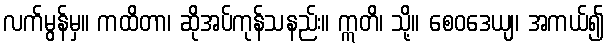
လက်မွန်မှ။ ကထိတာ၊ ဆိုအပ်ကုန်သနည်း။ ဣတိ၊ သို့။ စေဝဒေယျ၊ အကယ်၍